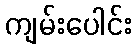
ကျမ်းပေါင်း